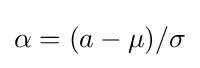
\alpha =(a-\mu )/\sigma